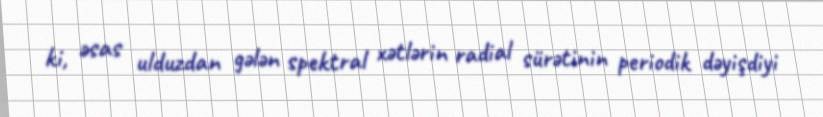
ki, əsas ulduzdan gələn spektral xətlərin radial sürətinin periodik dəyişdiyi